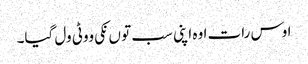
اوس رات اوہ اپنی سب تو ں نکی ووٹی ول گیا۔